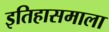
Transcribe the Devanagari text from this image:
इतिहासमाला